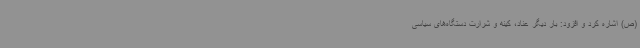
(ص) اشاره کرد و افزود: بار دیگر عناد، کینه و شرارت دستگاه‌های سیاسی